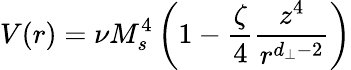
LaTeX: V(r)=\nu M_{s}^{4}\left(1-\frac{\zeta}{4}\frac{z^{4}}{r^{d_{\perp}-2}}\right)